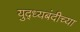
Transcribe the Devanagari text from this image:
युद्ध्यबंदीच्या